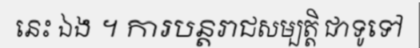
នេះ ឯង ។ ការបន្តរាជសម្បត្តិ ជាទូទៅ